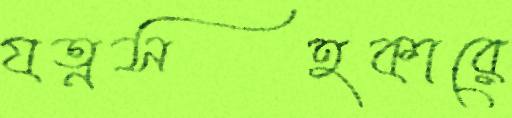
যত্নসহকারে